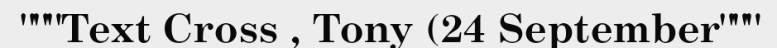
"""Text Cross , Tony (24 September"""